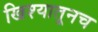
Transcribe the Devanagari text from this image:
खिश्यातूनच